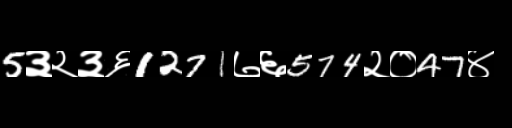
Text: 5३२३६1271७६574२०47४